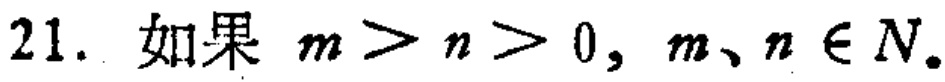
21. 如果 \(m > n > 0, m、n\in N_{\bullet}\)